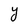
Character: Y